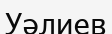
Уәлиев